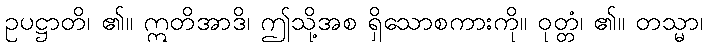
ဥပဋ္ဌာတိ၊ ၏။ ဣတိအာဒိ၊ ဤသို့အစ ရှိသောစကားကို။ ဝုတ္တံ၊ ၏။ တသ္မာ၊